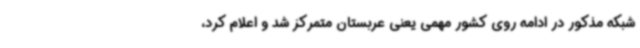
شبکه مذکور در ادامه روی کشور مهمی یعنی عربستان متمرکز شد و اعلام کرد،